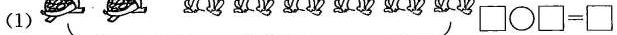
(1) $$\Box \bigcirc \Box = \Box$$